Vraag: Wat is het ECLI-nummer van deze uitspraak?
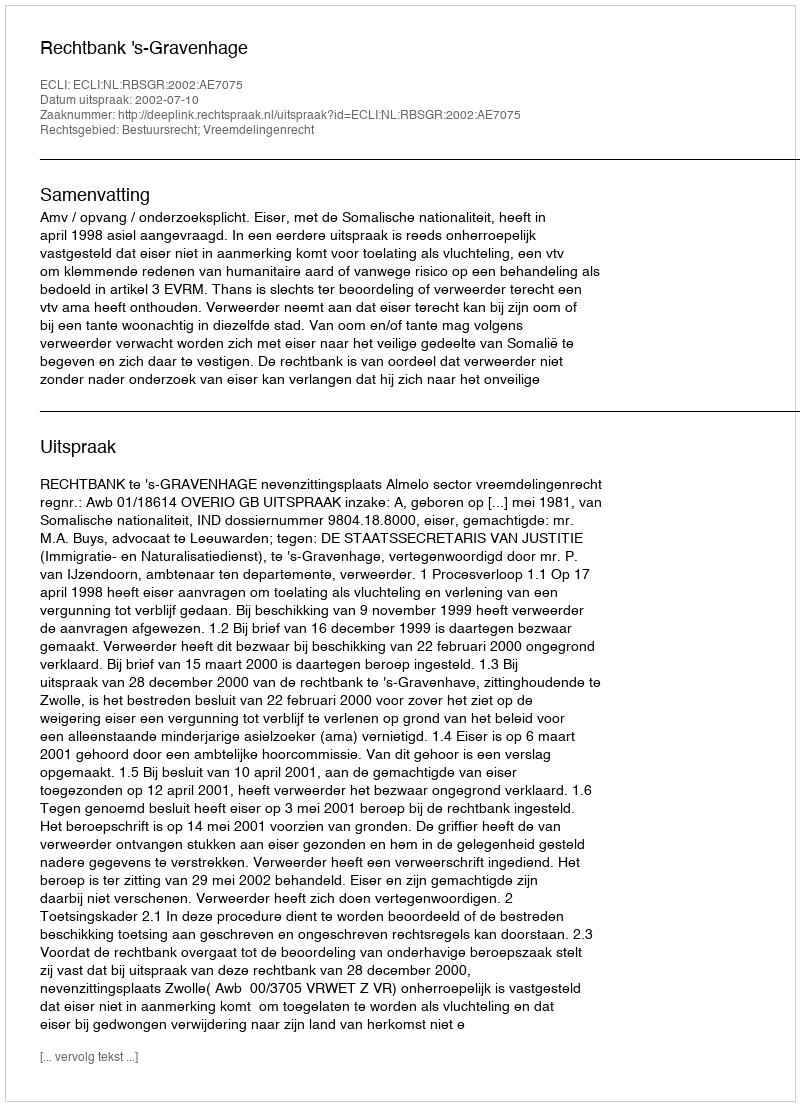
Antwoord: ECLI:NL:RBSGR:2002:AE7075